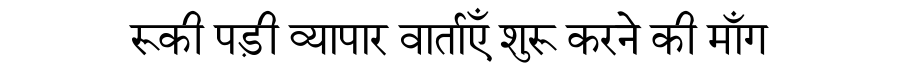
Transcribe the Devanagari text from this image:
रूकी पड़ी व्यापार वार्ताएँ शुरू करने की माँग